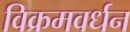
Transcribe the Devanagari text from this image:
विक्रमवर्धन